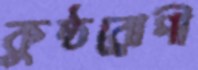
কুষ্ঠরোগী